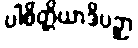
ပါစိတ္တိယာဒိပဉှာ